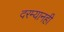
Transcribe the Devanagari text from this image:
दरम्यानही